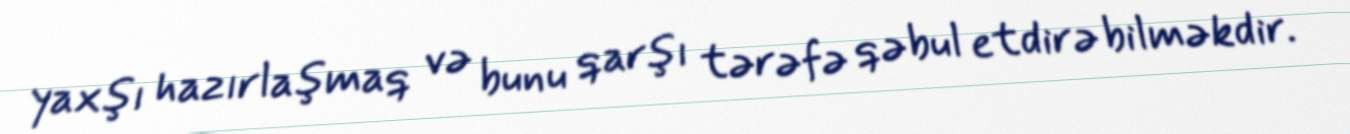
yaxşı hazırlaşmaq və bunu qarşı tərəfə qəbul etdirə bilməkdir.